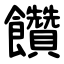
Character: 饡